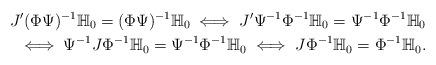
LaTeX: \begin{align*}J' (\Phi\Psi)^{-1} \mathbb{H}_0 = (\Phi\Psi)^{-1} \mathbb{H}_0 \iff J' \Psi^{-1}\Phi^{-1} \mathbb{H}_0 = \Psi^{-1}\Phi^{-1} \mathbb{H}_0 \\ \iff \Psi^{-1} J \Phi^{-1} \mathbb{H}_0 = \Psi^{-1}\Phi^{-1} \mathbb{H}_0 \iff J \Phi^{-1} \mathbb{H}_0 = \Phi^{-1} \mathbb{H}_0.\end{align*}